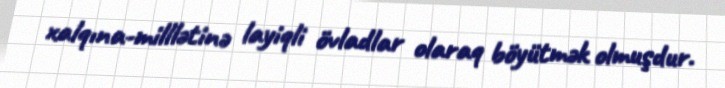
xalqına-milllətinə layiqli övladlar olaraq böyütmək olmuşdur.